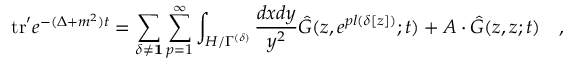
\mathrm { t r } ^ { \prime } e ^ { - ( \Delta + m ^ { 2 } ) t } = \sum _ { \delta \neq { \bf 1 } } \sum _ { p = 1 } ^ { \infty } \int _ { H / \Gamma ^ { ( \delta ) } } { \frac { d x d y } { y ^ { 2 } } } { \hat { G } } ( z , e ^ { p l ( \delta [ z ] ) } ; t ) + A \cdot { \hat { G } } ( z , z ; t ) \quad ,